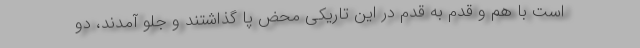
است با هم و قدم به قدم در این تاریکی محض پا گذاشتند و جلو آمدند، دو